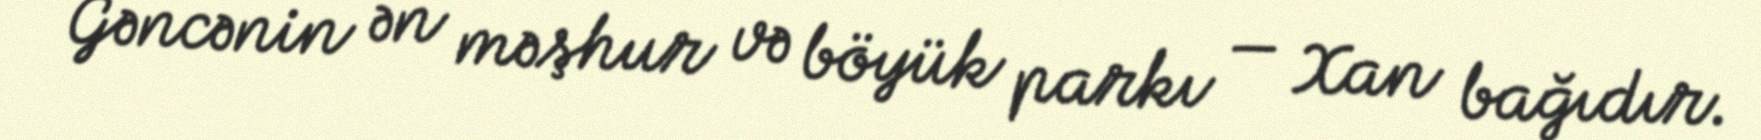
Gəncənin ən məşhur və böyük parkı — Xan bağıdır.